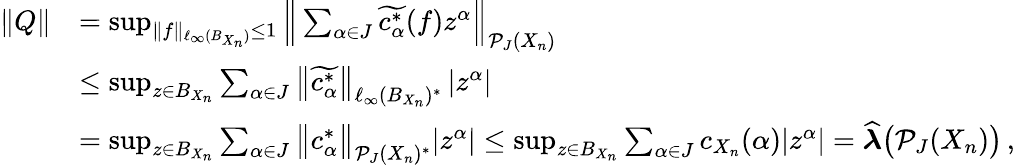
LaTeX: \begin{array}{rl}{\| Q\| }&{=\operatorname*{sup}_{\| f\| _{\ell_{\infty}(B_{X_{n}})}\leq 1}\Big\| \sum_{\alpha\in J}\widetilde{c_{\alpha}^{\ast}}(f)z^{\alpha}\Big\| _{\mathcal{P}_{J}(X_{n})}}\\ &{\leq\operatorname*{sup}_{z\in B_{X_{n}}}\sum_{\alpha\in J}\big\| \widetilde{c_{\alpha}^{\ast}}\big\| _{\ell_{\infty}(B_{X_{n}})^{*}}\, |z^{\alpha}|}\\ &{=\operatorname*{sup}_{z\in B_{X_{n}}}\sum_{\alpha\in J}\big\| c_{\alpha}^{\ast}\big\| _{\mathcal P_{J}(X_{n})^{\ast}}|z^{\alpha}|\leq\operatorname*{sup}_{z\in B_{X_{n}}}\sum_{\alpha\in J}c_{X_{n}}(\alpha)|z^{\alpha}|=\widehat{\boldsymbol{\lambda}}\big(\mathcal{P}_{J}(X_{n})\big)\, ,}\end{array}